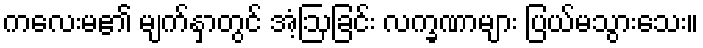
ကလေးမ၏ မျက်နှာတွင် အံ့ဩခြင်း လက္ခဏာများ ပြယ်မသွားသေး။